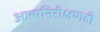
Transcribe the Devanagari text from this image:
आत्मनिरीक्षणही